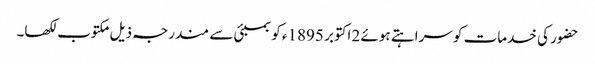
حضور کی خدمات کو سراہتے ہوئے 2 اکتوبر 1895ء کو بمبئی سے مندرجہ ذیل مکتوب لکھا۔